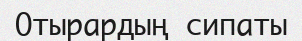
Отырардың сипаты